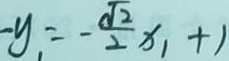
- y _ { 1 } = - \frac { \sqrt { 2 } } { 2 } x _ { 1 } + 1